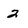
Character: 2